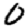
Digit: 0